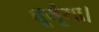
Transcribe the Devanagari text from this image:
घूमूंगा।